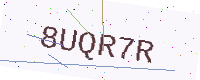
Text: 8UQR7R